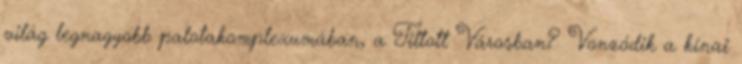
világ legnagyobb palotakomplexumában, a Tiltott Városban? Vonzódik a kínai